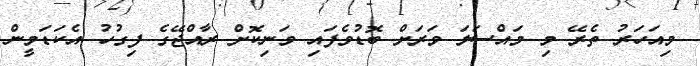
މިއަހަރު ތެރޭ މި މައްސަލަ ވަރަށް ބޮޑުވެފައި ވަނިކޮށް ރާއްޖޭގެ ފިގުހު އެކަޑަމީން